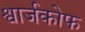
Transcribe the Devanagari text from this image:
श्वार्जकोफ